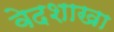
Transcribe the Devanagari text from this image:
वेदशाखा